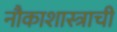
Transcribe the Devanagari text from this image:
नौकाशास्त्राची